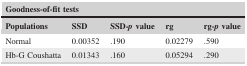
| <COLSPAN=5> Goodness‐of‐fit tests |
 | Populations | SSD | SSD‐p value | rg | rg‐p value |
 | --- | --- | --- | --- | --- |
 | Normal | 0.00352 | .190 | 0.02279 | .590 |
 | Hb‐G Coushatta | 0.01343 | .160 | 0.05294 | .290 |